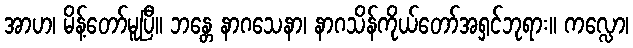
အာဟ၊ မိန့်တော်မူပြီ။ ဘန္တေ နာဂသေနာ၊ နာဂသိန်ကိုယ်တော်အရှင်ဘုရား။ ကလ္လော၊